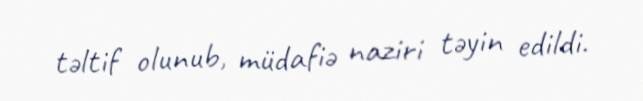
təltif olunub, müdafiə naziri təyin edildi.